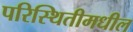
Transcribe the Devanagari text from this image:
परिस्थितीमधील